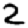
Digit: 2